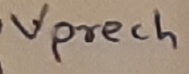
Text: Vprech